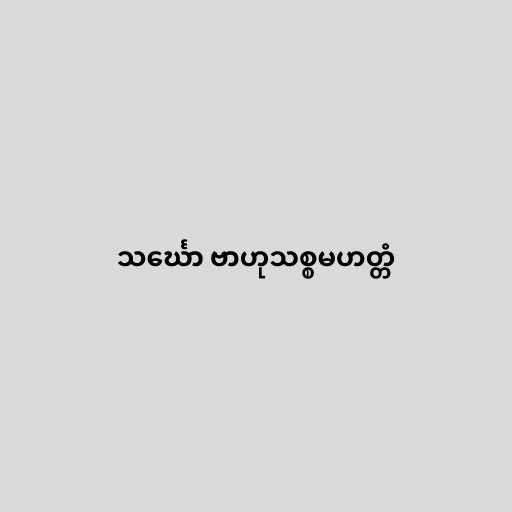
သင်္ဃော ဗာဟုသစ္စမဟတ္တံ